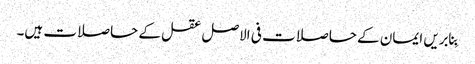
بِنابریں ایمان کے حاصلات فی الاصل عقل کے حاصلات ہیں۔